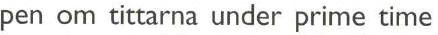
pen om tittarna under prime time